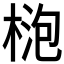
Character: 𱣮